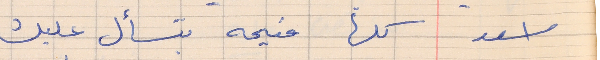
اسعد        كلها منيحه بتسأل عليك